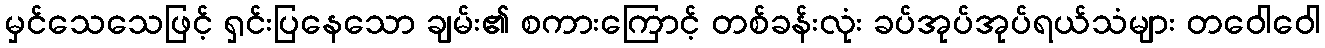
မှင်သေသေဖြင့် ရှင်းပြနေသော ချမ်း၏ စကားကြောင့် တစ်ခန်းလုံး ခပ်အုပ်အုပ်ရယ်သံများ တဝေါဝေါ